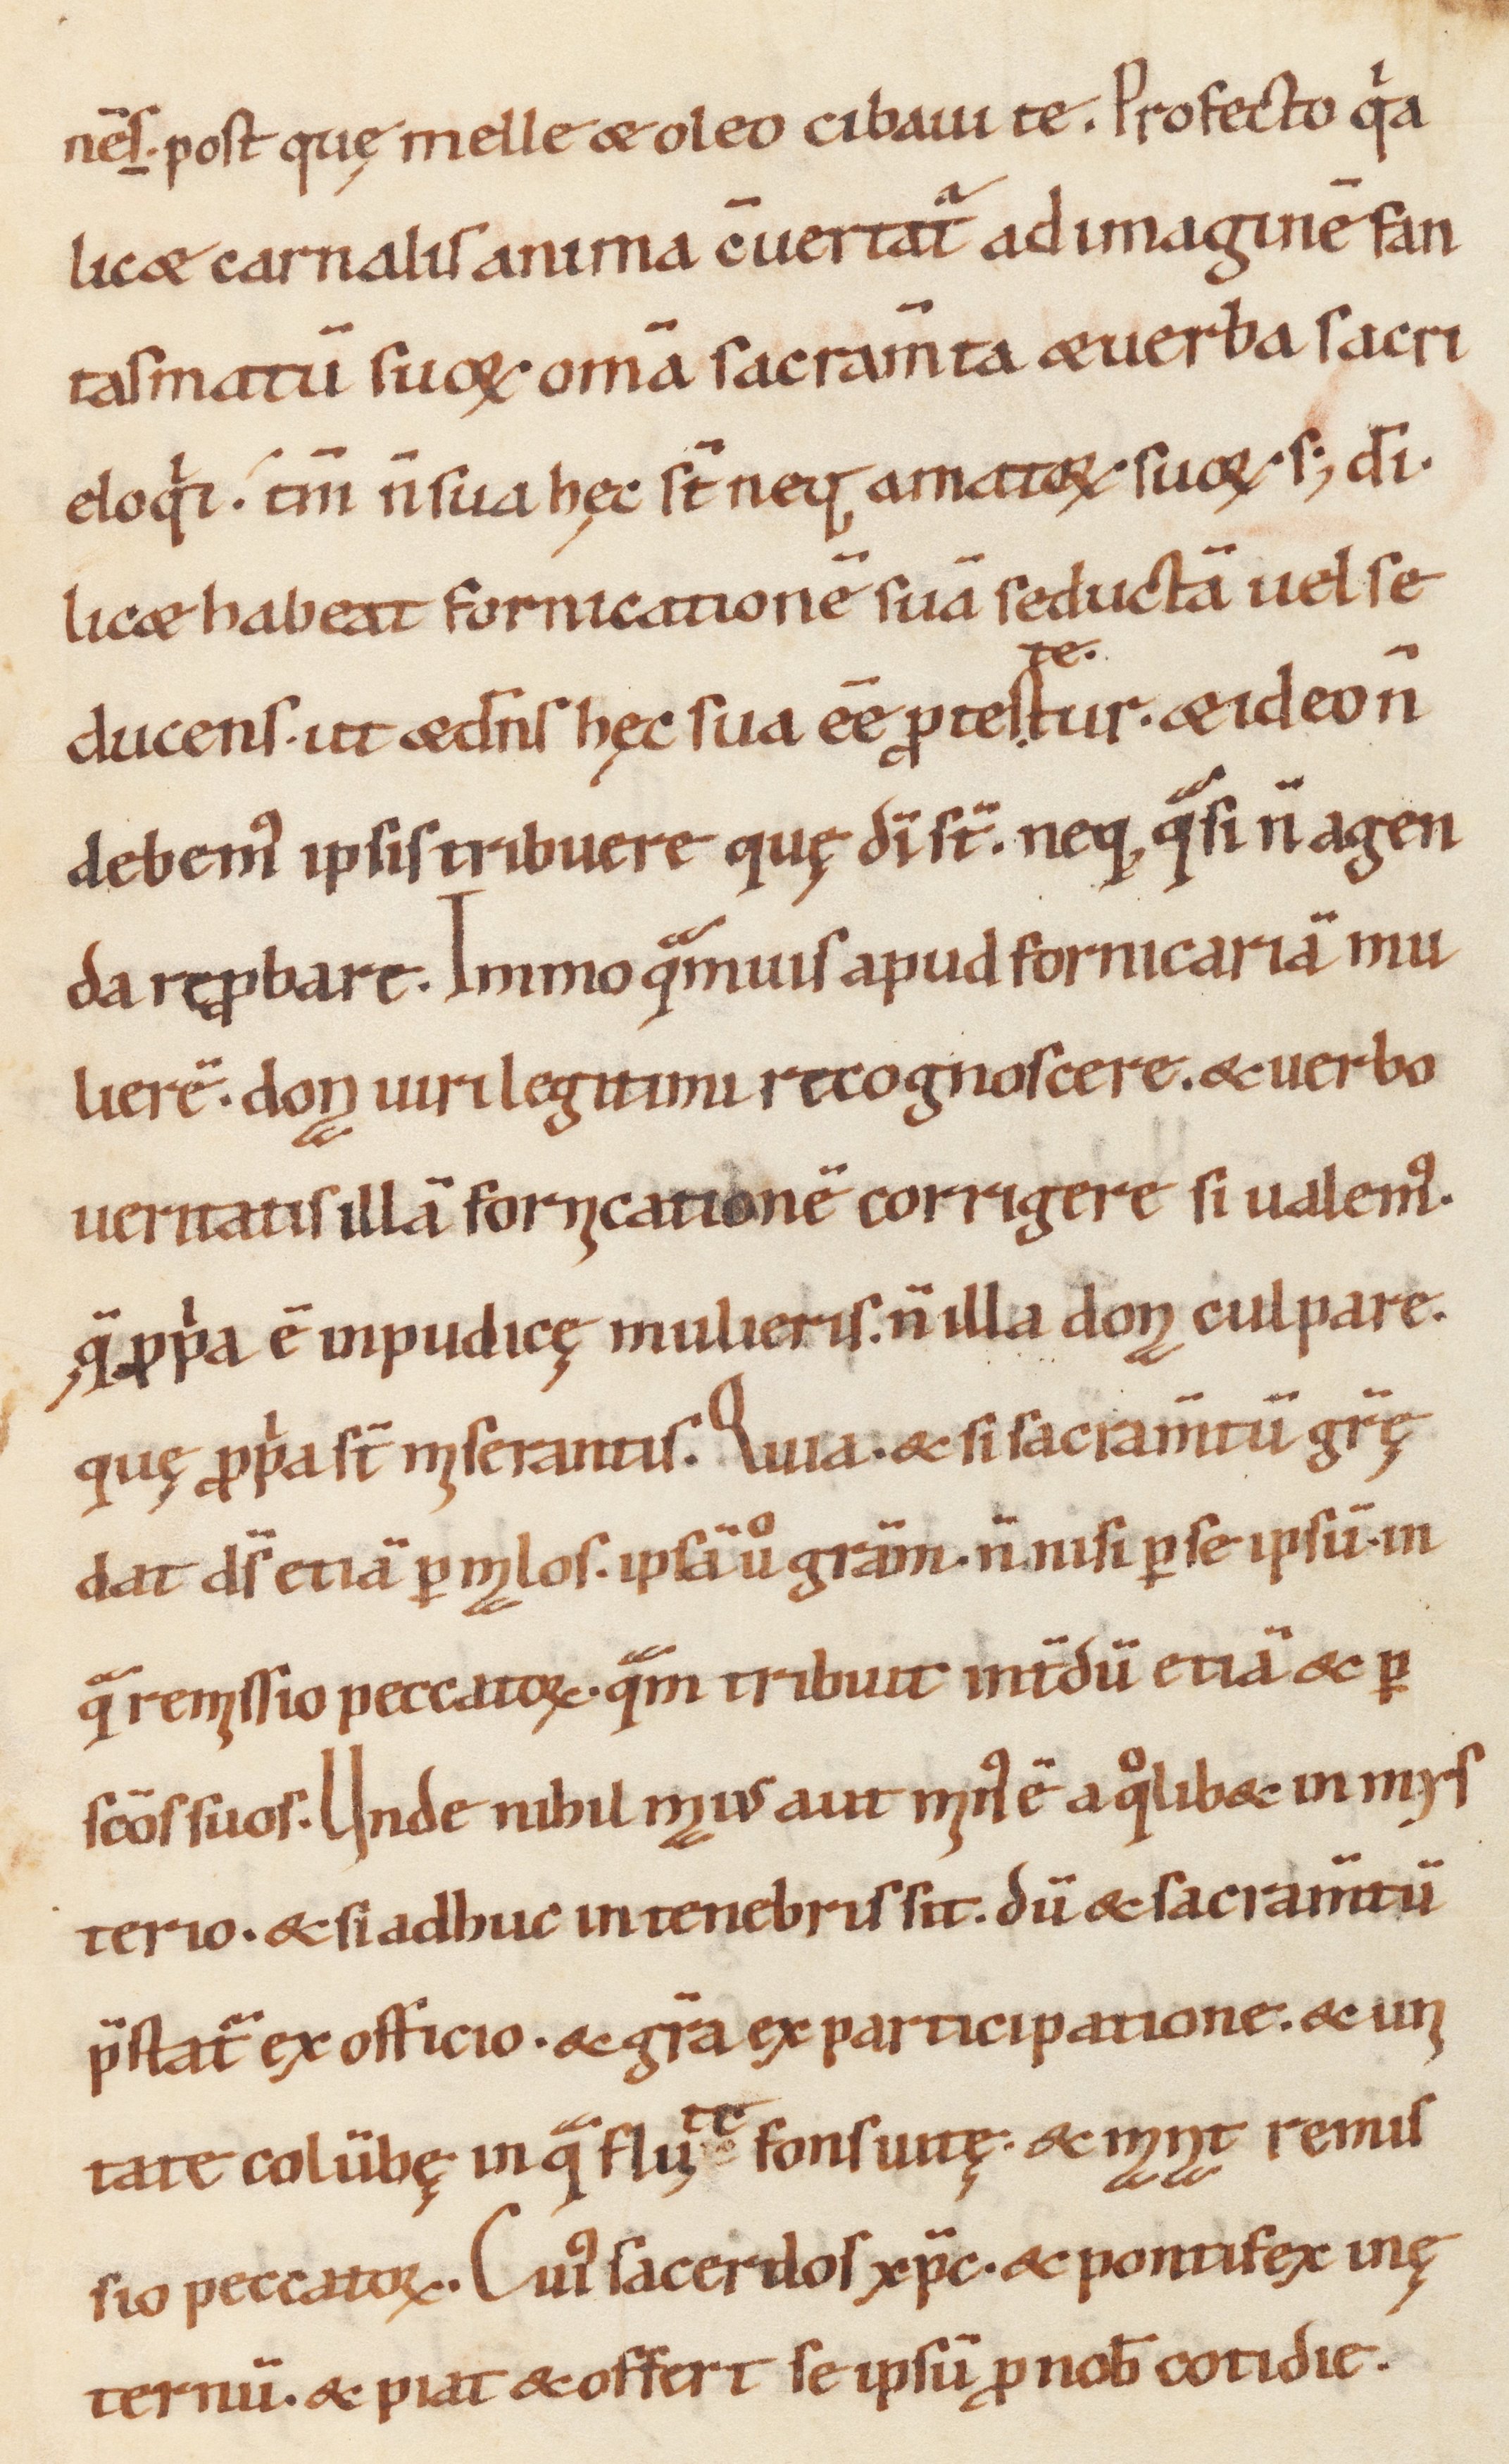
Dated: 1000–1099